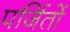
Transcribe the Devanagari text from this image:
पर्जितों